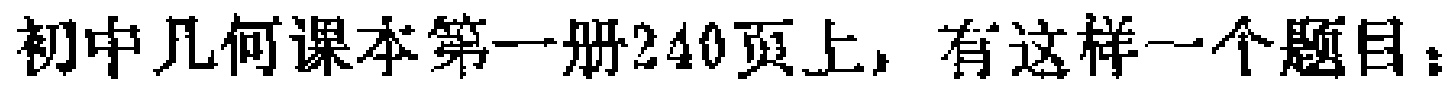
初中几何课本第一册240页上，有这样一个题目：